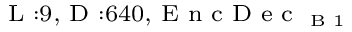
_ { \textrm { L } : 9 , \textrm { D } : 6 4 0 , \textrm { E n c D e c } _ { \textrm { B } 1 } }